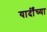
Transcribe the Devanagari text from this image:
यार्दींच्या